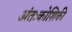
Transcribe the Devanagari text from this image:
अंतःकोशिकी